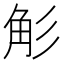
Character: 𮗢